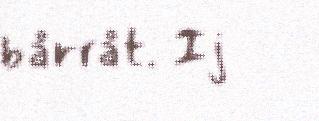
bårråt. Ij